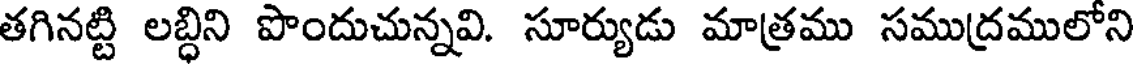
తగినట్టి లబ్ధిని పొందుచున్నవి. సూర్యుడు మాత్రము సముద్రములోని